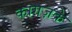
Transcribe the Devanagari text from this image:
कागज़के